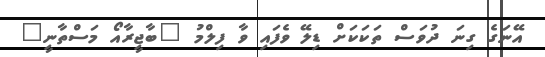
އޭނަގެ ގިނަ ދުވަސް ތަކަކަށް ޑިލޭ ވެފައި ވާ ފިލްމު "ބާޖީރާއޯ މަސްތާނީ"